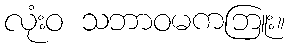
လုံးဝ သဘာဝမကဘြူး။